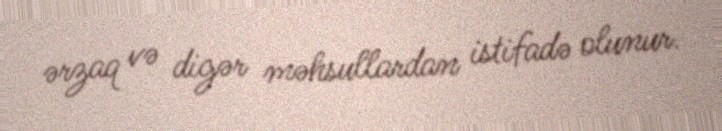
ərzaq və digər məhsullardan istifadə olunur.